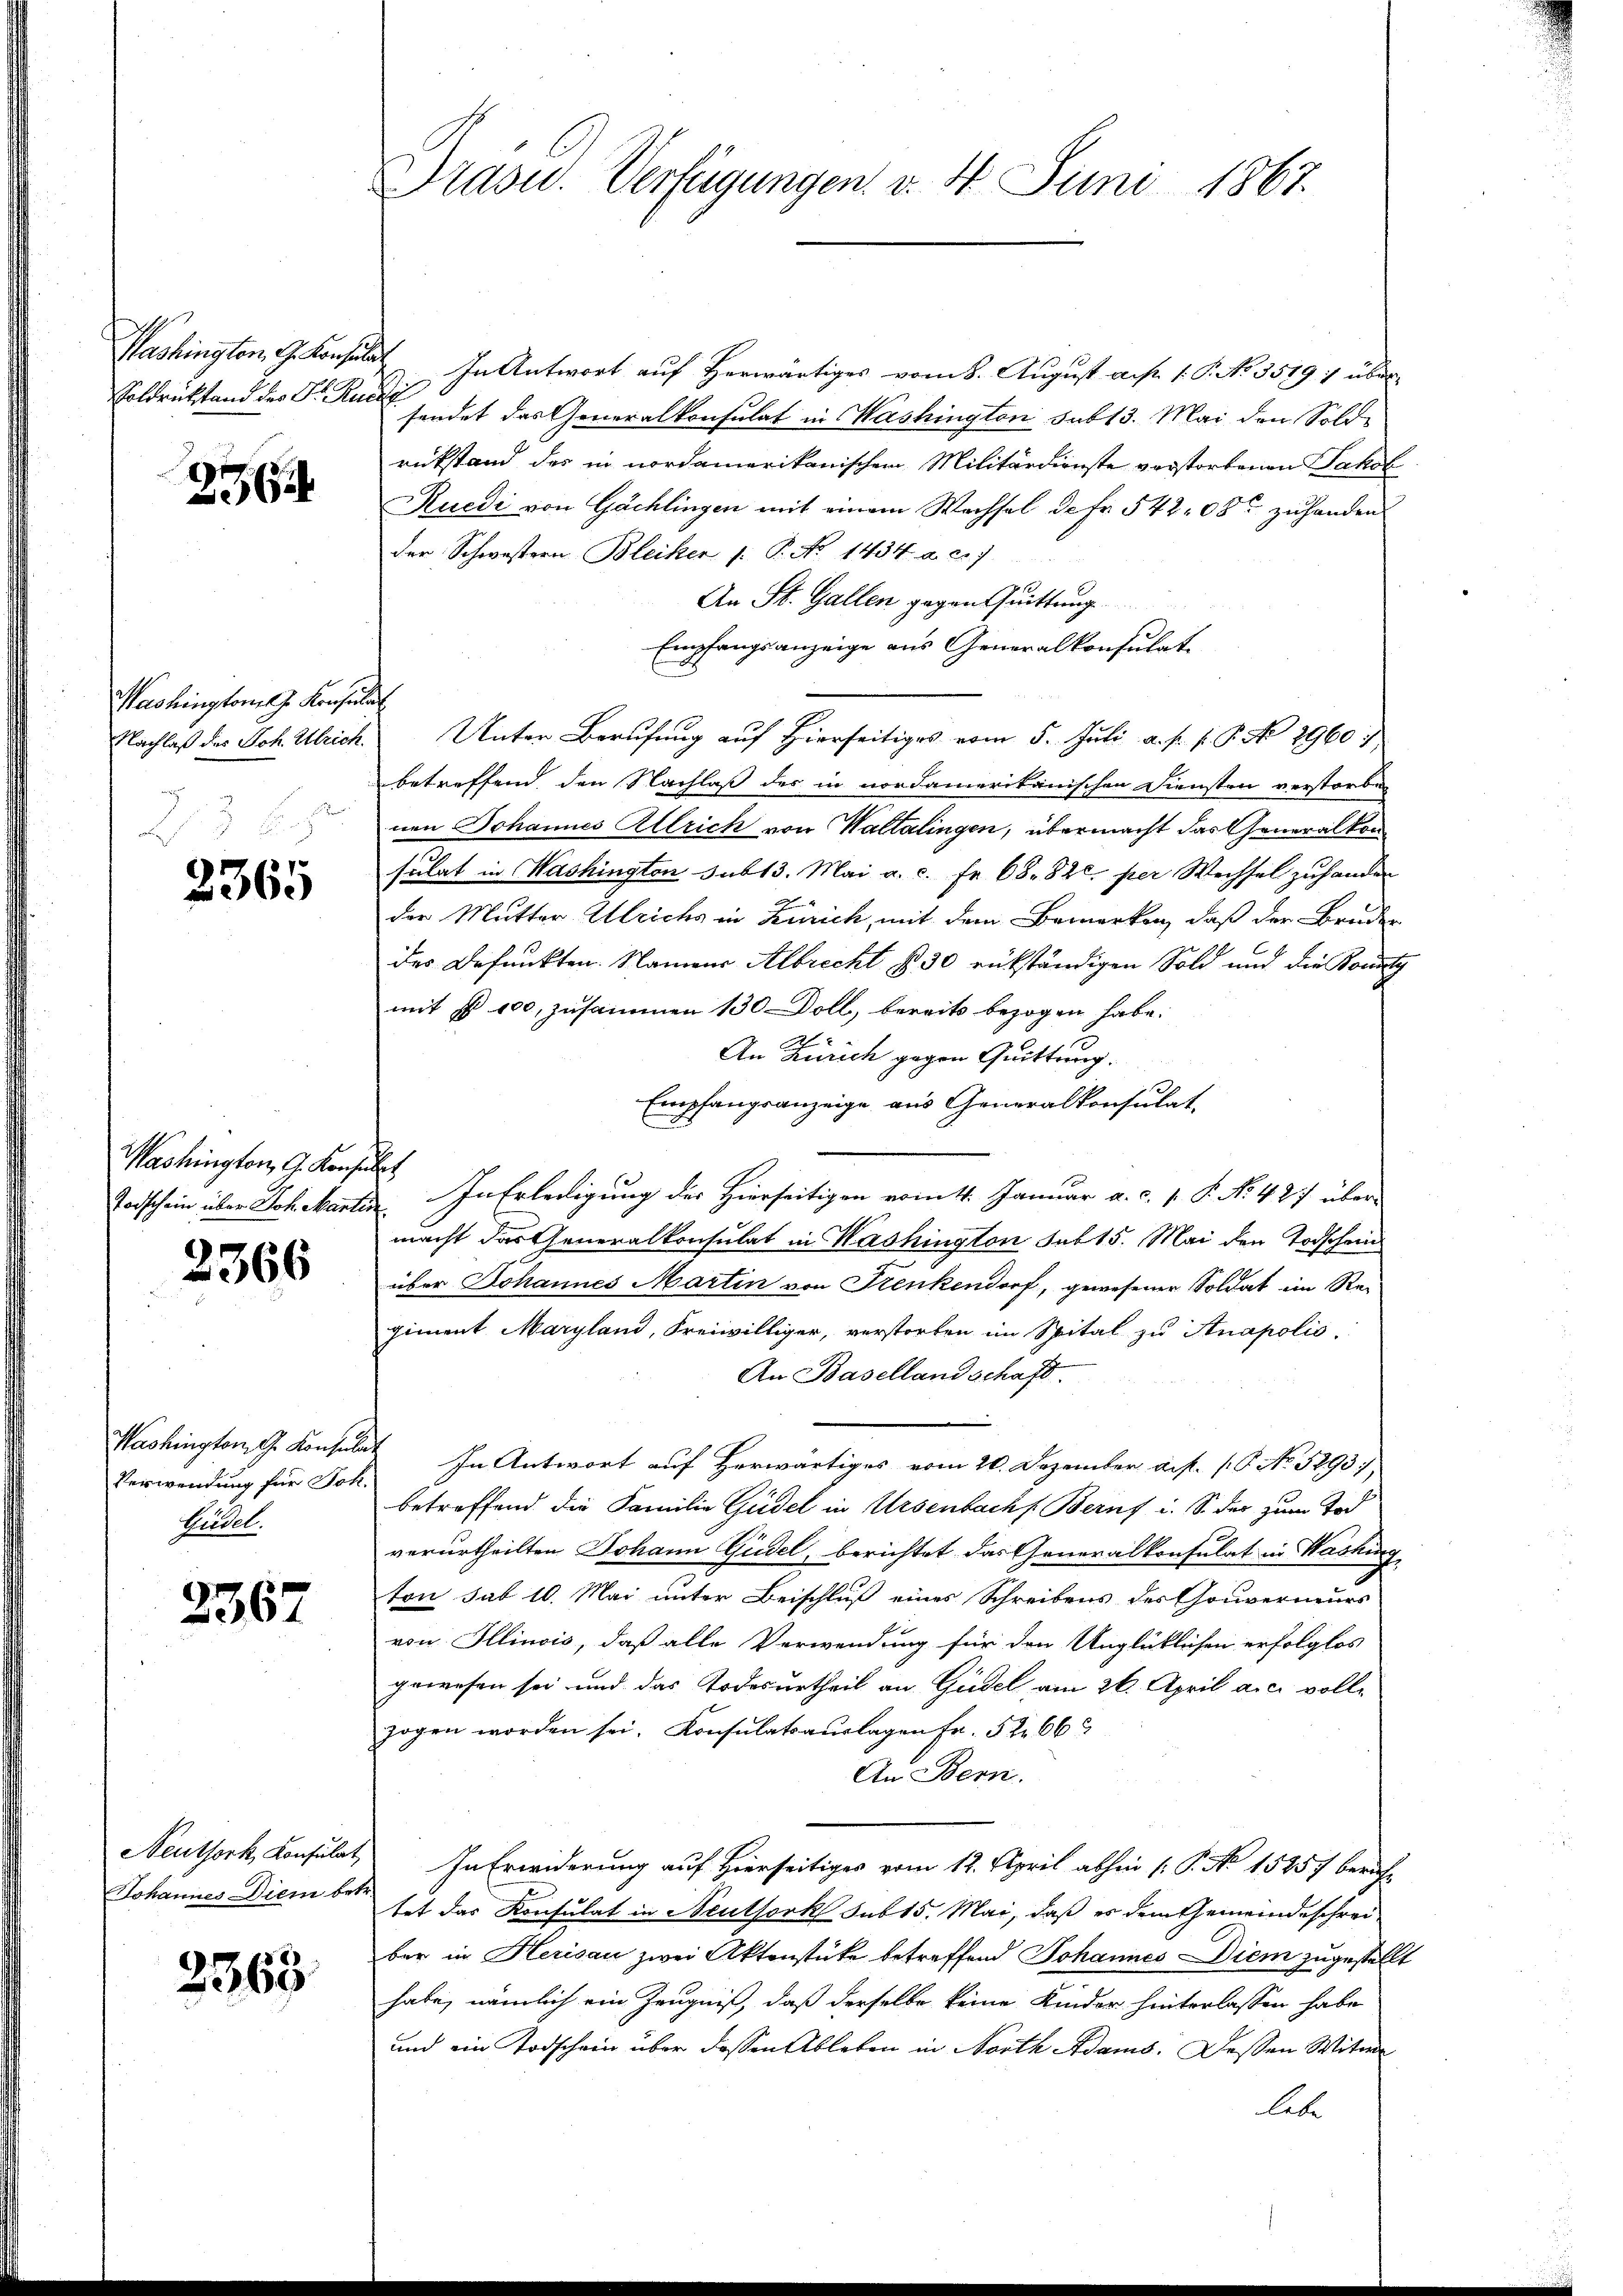
Washington G. Konsin
Soldrücktand der Dr. Ruc

256

Washington J. Konsul
Nachlaß des Joh. Ulrich.

2365

Washington G. Konsult
Todschein über Joh. Martir

2366

Washington G. Konsula
Verwendung für Joh.
Brudel.

2367

Neuthork, Konsulat
Johannes Diem bei

2363

Präsid.. Verfügungen v. 4. Juni 1867.

. In Antwort auf Herwärtiges vom 8. August auf 1. P. No. 3579 :/ über
E
sendet das Generalkonsulat in Washington sub 13. Mai den Sold-
rükstand des in nordamerikanischen Militärdienste verstorbenen Jakob
Ruedi von Gächlingen mit einem Wachsel de Fr. 542 08 zuhanden
der Schwestern Bleiker (: P. No 1434. a. c. 7
An St. Gallen gegen Quittung
Empfangsanzeige aus Generalkonsulat
i
Unter Berufung auf Hierseitiges vom 5. Juli a. p. p. P. No 2960,
betreffend den Nachlaß des in nordamerikanischen Diensten verstorben
nen Johannes Allrich von Waltalingen, übermacht das Generalkon
sulat in Washington sub 13. Mai a. c. fr. 68. 820. per Wechsel zuhander
der Mutter Ulrichs in Zürich, mit dem Bemerken, daß der Bruder
der Befunkten. Namens Albrecht § 30 rükständigen Sold und die Bounty
mit § 100, zusammen 130 Doll, bereits bezogen habe.
2
An Zürich gegen Quittung.
Empfangsanzeige aus Generalkonsulat,
In Erledigung des Hierseitigen vom 4. Januar a. c. P. No. 487 über
f
macht das Generalkonsulat in Washington sub 15. Mai den Todschein
über Johannes Martin von Frenkendorf, gewesener Soldat im Repiment Maryland, Freiwilliger, verstorfen im Spital zu Anapolis.
An Basellandschaft.
 In Antwort auf Herwärtiges vom 20. Dezember a.p. (S. No. 5293),
betreffend die Familie Gudel in Ursenbach s. Berns i. S. der zum Tod
verurtheilten Johann Guidel, berichtet das Generalkonsulat in Washing
ton sub 10. Mai unter Beischluß eines Schreibens der Gouverneurs
von Illinois, daß alle Verwendung für den Unglücklichen erfolglos
gewesen sei und das Todesurtheil an Gudel am 26. April a.c. volle
zogen worden sei. Konsulatsaŭslagen Fr. 5266
An Bern.
In Erwiderung auf Hierseitiges vom 12. April abhin (: P. No 1545) bericht
tet das Konsulat in Neuthork sub 15. Mai, daß es dem Gemeindeschreiber in Herisau zwei Aktenstücke betreffend Johannes Diem zugestellt
habe, nämlich ein Zeugniß, daß derselbe keine Kinder hinterlassen habe
und ein Todschein über dassen Ableben in North Adams. Dessen Witwe
lebe